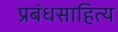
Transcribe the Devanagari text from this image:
प्रबंधसाहित्य